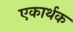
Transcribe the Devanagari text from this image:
एकार्थक